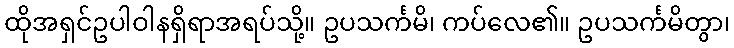
ထိုအရှင်ဥပါဝါနရှိရာအရပ်သို့။ ဥပသင်္ကမိ၊ ကပ်လေ၏။ ဥပသင်္ကမိတွာ၊